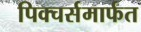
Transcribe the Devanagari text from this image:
पिक्चर्समार्फत